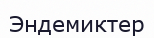
Эндемиктер